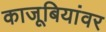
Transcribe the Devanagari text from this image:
काजूबियांवर